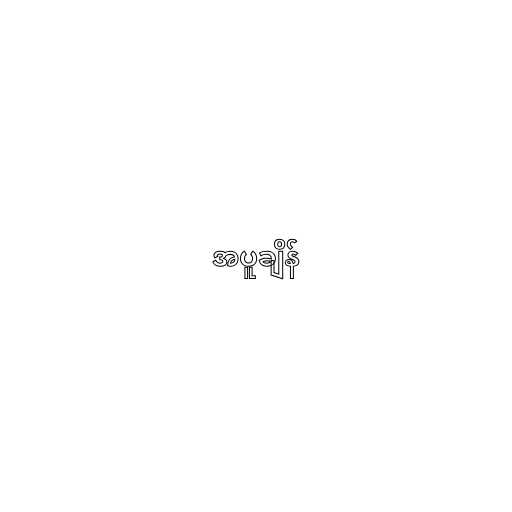
အပူချိန်